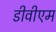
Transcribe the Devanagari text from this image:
डीवीएम